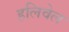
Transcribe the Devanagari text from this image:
हलिवेल